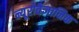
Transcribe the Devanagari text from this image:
न्यूरोवैज्ञानिक